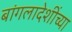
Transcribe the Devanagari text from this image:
बांगलादेशींच्या